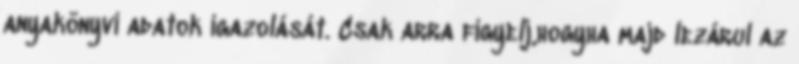
anyakönyvi adatok igazolását. Csak arra figyelj,hogyha majd lezárul az